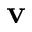
\mathbf { v }